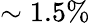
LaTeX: \sim 1.5\%